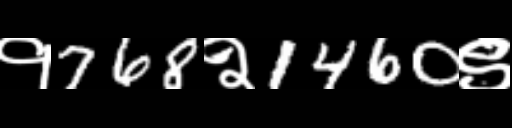
Text: १768२1460९